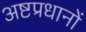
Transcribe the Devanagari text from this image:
अष्टप्रधानों